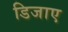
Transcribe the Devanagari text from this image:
डिजाए